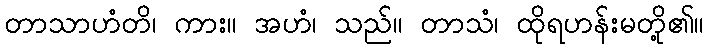
တာသာဟံတိ၊ ကား။ အဟံ၊ သည်။ တာသံ၊ ထိုရဟန်းမတို့၏။